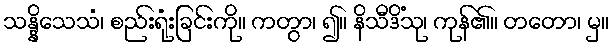
သန္နိသေသံ၊ စည်းရုံးခြင်းကို။ ကတွာ၊ ၍။ နိသီဒိံသု၊ ကုန်၏။ တတော၊ မှ။